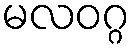
မလဝဂ္ဂ